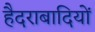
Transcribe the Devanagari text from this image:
हैदराबादियों